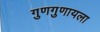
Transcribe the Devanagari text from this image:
गुणगुणायला